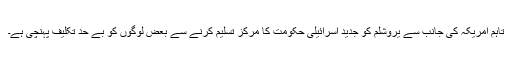
تاہم امریکہ کی جانب سے یروشلم کو جدید اسرائیلی حکومت کا مرکز تسلیم کرنے سے بعض لوگوں کو بے حد تکلیف پہنچی ہے۔